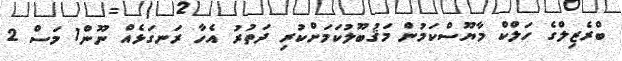
ބްރެޒިލްގެ ހަލްކް މާޔޫސްކަމުން މަޤުބޫލުކަމަށްކުރި ދަތުރު އެހާ ރަނގަޅެއް ނޫން1 މަސް 2